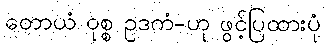
တောယံ ဝုစ္စ ဥဒကံ-ဟု ဖွင့်ပြထားပုံ